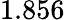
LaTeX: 1.856